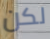
لكن